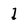
Character: I